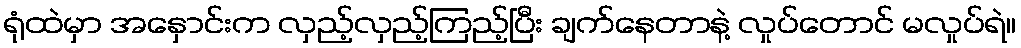
ရုံထဲမှာ အနှောင်းက လှည့်လှည့်ကြည့်ပြီး ချက်နေတာနဲ့ လှုပ်တောင် မလှုပ်ရဲ။